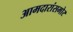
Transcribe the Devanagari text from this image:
आमदारांसमोर